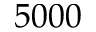
5 0 0 0